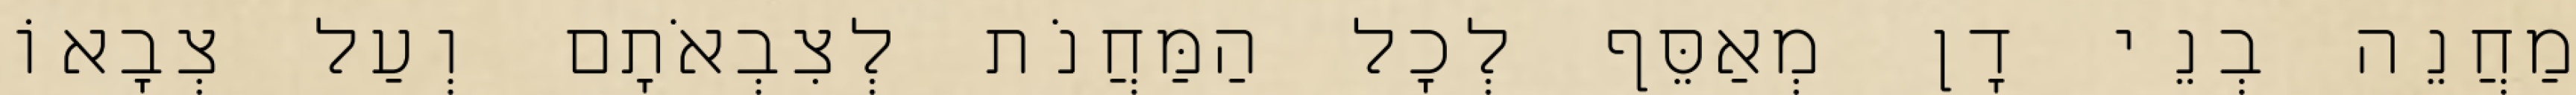
מַחֲנֵה בְנֵי דָן מְאַסֵּף לְכָל הַמַּחֲנֹת לְצִבְאֹתָם וְעַל צְבָאוֹ